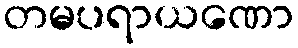
တမပရာယဏော